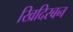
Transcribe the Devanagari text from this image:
खिदिरबन